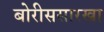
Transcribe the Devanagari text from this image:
बोरीससारखा